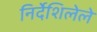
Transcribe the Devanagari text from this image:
निर्देशिलेले